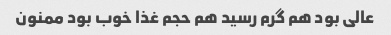
عالی بود هم گرم رسید هم حجم غذا خوب بود ممنون